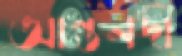
আন্তনদী